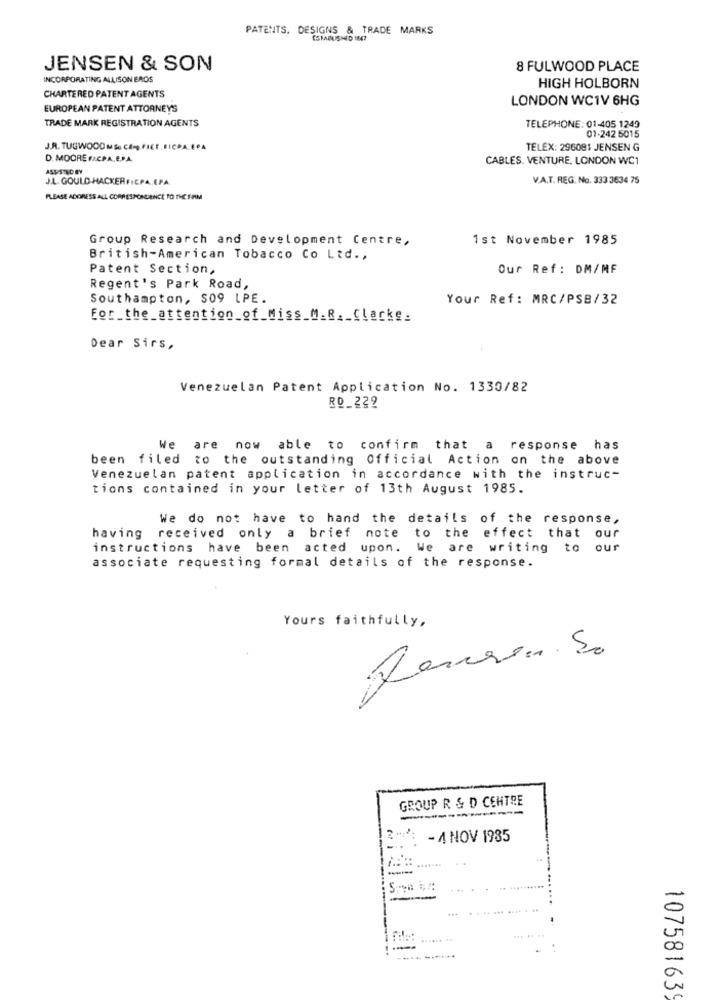
PATENTS. DESIGNS & TRADE MARKS
ESTABUSMID 184?
JENSEN & SON
8 FULWOOD PLACE
INCORPORATING ALLISON BROS
CHARTERED PATENT AGENTS
HIGH HOLBORN
LONDON WC1V 6HG
EUROPEAN PATENT ATTORNEYS
TRADE MARK REGISTRATION AGENTS
TELEPHONE: 01-405 1249
01-242 5015
J.R. TUGWOOD M So CAM PICE. FICPA.EPA
TELEX: 296081 JENSEN G
D. MOORE FACPA, E.P.A.
CABLES. VENTURE, LONDON WC1
ASUSTID BY
J.L. GOULD-HACKER FICPA,EPA.
V.A.T. REG. No. 333 3634 75
PLEASE ADDRESS ALL CORRESPONDANCE TO THE SARIM
Group Research and Development Centre,
1st November 1985
British-American Tobacco Co Ltd .,
Patent Section,
Our Ref : DM/MF
Regent's Park Road,
Southampton, $09 LPE.
Your Ref: MRC/PSB/32
For_the_attention_of_Miss_M_R __ Clacke.
Dear Sirs,
Venezuelan Patent Application No. 1330/82
RD_229
We are now able to confirm that a response has
been filed to the outstanding Official Action on the above
Venezuelan patent application in accordance with the instruc-
tions contained in your letter of 13th August 1985.
We do not have to hand the details of the response,
having
received only a brief note to the
effect that our
instructions have been acted upon. We are
writing to our
associate requesting formal details of the response.
Yours faithfully,
GROUP R & D CENTRE
- 4 NOV 1985
-..
-
-
.. ... .
----
107581639